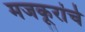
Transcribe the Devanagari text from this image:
मजकूरांचे